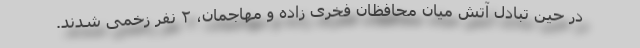
در حین تبادل آتش میان محافظان فخری زاده و مهاجمان، ۲ نفر زخمی شدند.